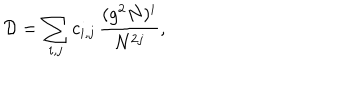
{ \cal D } = \sum _ { i , j } c _ { i , j } \, \frac { ( g ^ { 2 } N ) ^ { i } } { N ^ { 2 j } } ,